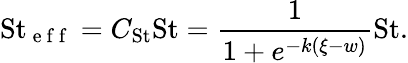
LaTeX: \mathrm{St}_{\mathrm{~e~f~f~}}=C_{\mathrm{St}}\mathrm{St}=\frac{1}{1+e^{-k(\xi-w)}}\mathrm{St}.